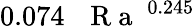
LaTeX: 0.074\, \mathrm{~\textit~{~R~a~}~}^{0.245}